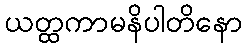
ယတ္ထကာမနိပါတိနော